Indian journal of veterinary science and animal husbandry - Volume 3,
Year: 1933
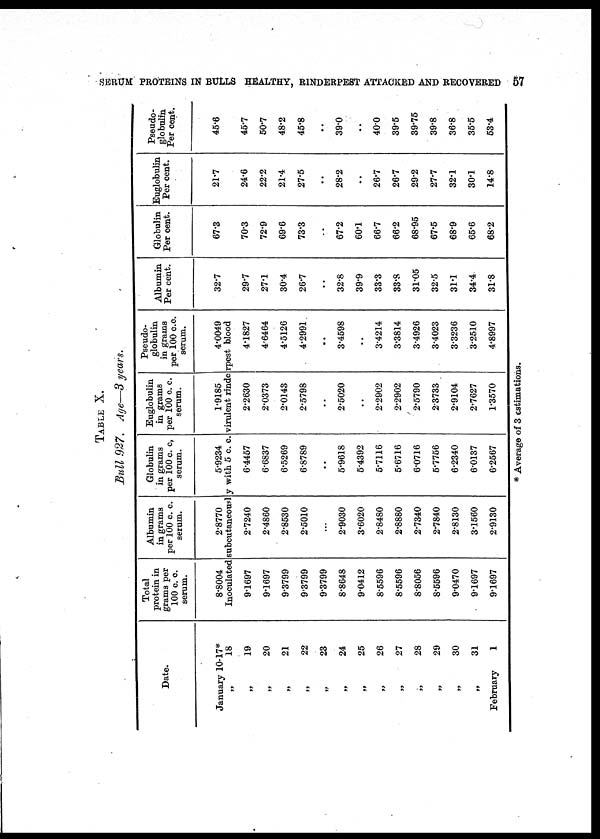
SERUM PROTEINS IN BULLS HEALTHY, RINDERPEST ATTACKED AND RECOVERED 57
TABLE X.
Bull 927. Age—3 years.
Date.
January 10-17*
„
18
„
19
„
20
„
21
„
22
„
23
„
24
„
25
„
26
„
27
„
28
„
29
„
30
„
31
February
1
Total
protein in
grams per
100 c. c.
serum.
8.8004
Albumin
in grams
per 100 c. c.
serum.
2.8770
Globulin
in grams
per 100 c. c,
serum.
5.9234
Euglobulin
in grams
per 100 c. c.
serum.
1.9185
Pseudo¬
globulin
in grams
per 100 c.c.
serum.
4.0049
Inoculated subcutaneously with 5 c. c. virulent rinderpest blood
9.1697
9.1697
9.3799
9.3799
9.3799
8.8648
9.0412
8.5596
8.5596
8.8056
8.5596
9.0470
9.1697
9.1697
2.7240
2.4860
2.8530
2.5010
...
2.9030
3.6020
2.8480
2.8880
2.7340
2.7840
2.8130
3.1560
2.9130
6.4457
6.6837
6.5269
6.8789
..
5.9618
5.4392
5.7116
5.6716
6.0716
5.7756
6.2340
6.0137
6.2567
2.2630
2.0373
2.0143
2.5798
..
2.5020
..
2.2902
2.2902
2.5790
2.3733
2.9104
2.7627
1.3570
4.1827
4.6464
4.5126
4.2991
..
3.4598
..
3.4214
3.3814
3.4926
3.4023
3.3236
3.2510
4.8997
Albumin
Per cent.
32.7
29.7
27.1
30.4
26.7
..
32.8
39.9
33.3
33.8
31.05
32.5
31.1
34.4
31.8
Globulin
Per cent.
67.3
70.3
72.9
69.6
73.3
..
67.2
60.1
66.7
66.2
68.95
67.5
68.9
65.6
68.2
Euglobulin
Per cent.
21.7
24.6
22.2
21.4
27.5
..
28.2
..
26.7
26.7
29.2
27.7
32.1
30.1
14.8
Pseudo¬
globulin
Per cent.
45.6
45.7
50.7
48.2
45.8
..
39.0
..
40.0
39.5
39.75
39.8
36.8
35.5
53.4
* Average of 3 estimations.